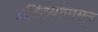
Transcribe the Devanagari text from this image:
अजिंठ्यापासून